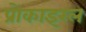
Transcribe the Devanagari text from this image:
प्रोकाइरल